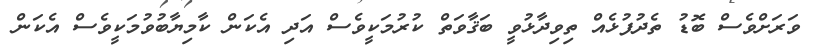
ވަރަށްވެސް ބޮޑު ތެދުފުޅެއް ތިވިދާޅުވީ ބަޤާވަތް ކުރުމަކީވެސް އަދި އެކަން ކާމިޔާބުވުމަކީވެސް އެކަން